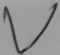
Text: V